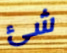
شئ